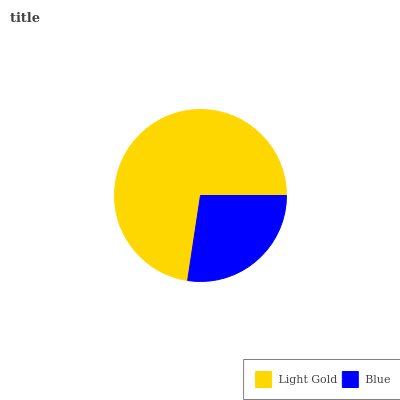
| Light Gold | Blue |
 | --- | --- |
 | 72.6% | 27.4% |